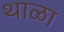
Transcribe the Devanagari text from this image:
थाळा